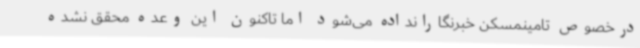
درخصوص تامینمسکن خبرنگارانداده می‌شود اما تاکنون این وعده محقق نشده